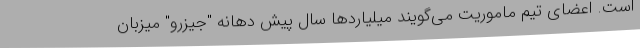
است. اعضای تیم ماموریت می‌گویند میلیاردها سال پیش دهانه "جیزرو" میزبان